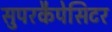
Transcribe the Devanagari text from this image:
सुपरकैपेसिटर